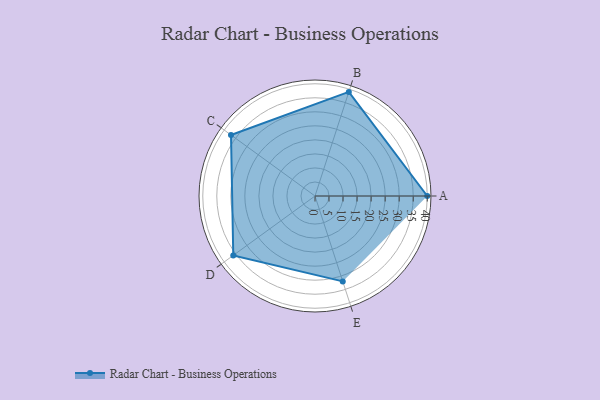
{"axis": {"x": "Skill", "y": "Score"}, "legend": ["Profile"], "data": [{"x": "A", "y": 40.0, "type": "Profile"}, {"x": "B", "y": 39.0, "type": "Profile"}, {"x": "C", "y": 37.0, "type": "Profile"}, {"x": "D", "y": 36.0, "type": "Profile"}, {"x": "E", "y": 32.0, "type": "Profile"}]}